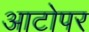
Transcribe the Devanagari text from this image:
आटोपर